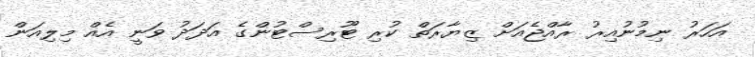
އަހަރު ނިމުނުއިރު ރާއްޖެއަށް ޒިޔާރަތް ކުރި ޓޫރިސްޓުންގެ އަދަދު ވަނީ އެއް މިލިއަން